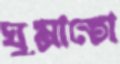
ঘুমাতো